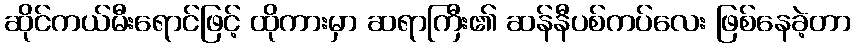
ဆိုင်ကယ်မီးရောင်ဖြင့် ထိုကားမှာ ဆရာကြီး၏ ဆန်နီပစ်ကပ်လေး ဖြစ်နေခဲ့တာ